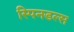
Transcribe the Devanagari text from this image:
स्पिनडल्स